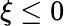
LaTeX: \xi\le 0